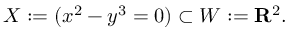
X : = ( x ^ { 2 } - y ^ { 3 } = 0 ) \subset W : = \mathbf { R } ^ { 2 } .